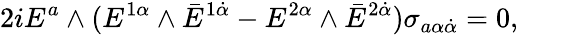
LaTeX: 2iE^{a}\wedge(E^{1\alpha}\wedge\bar{E}^{1\dot{\alpha}}-E^{2\alpha}\wedge\bar{E}^{2\dot{\alpha}})\sigma_{a\alpha\dot{\alpha}}=0,\qquad